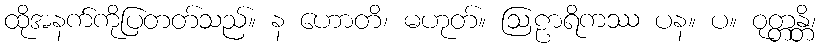
ထိုအနက်ကိုပြတတ်သည်။ န ဟောတိ၊ မဟုတ်။ ဩဠာရိကဿ ပန။ ပ။ ဝုတ္တန္တိ၊